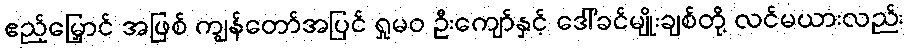
ဧည့်မြှောင် အဖြစ် ကျွန်တော်အပြင် ရှုမဝ ဦးကျော်နှင့် ဒေါ်ခင်မျိုးချစ်တို့ လင်မယားလည်း